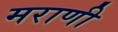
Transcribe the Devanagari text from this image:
मराणी